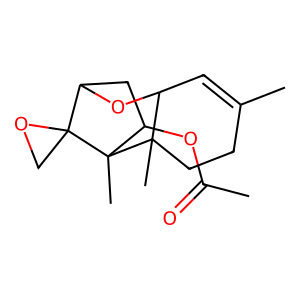
SMILES: CC(=O)OC1CC2OC3C=C(C)CCC3(C)C1(C)C21CO1
Inhibits HIV replication: No